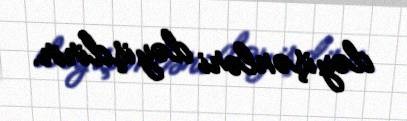
dəyişənləri dəyişdirir.